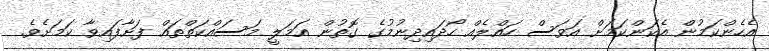
އެހެންކަމުން އެކަންކަމަށް އަވަސް ހައްލެއް ހޯދައިދިނުމުގެ ގޮތުން އަމަލީ މަސައްކަތްތައް ފަށާފައިވާ ކަމަށެވެ.